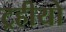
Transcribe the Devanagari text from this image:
ट्रहीयो